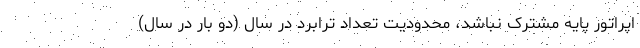
اپراتور پایه مشترک نباشد، محدودیت تعداد ترابرد در سال (دو بار در سال)